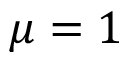
\mu = 1